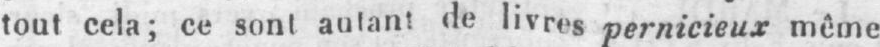
tout cela; ce sont autant de livres pernicieux même